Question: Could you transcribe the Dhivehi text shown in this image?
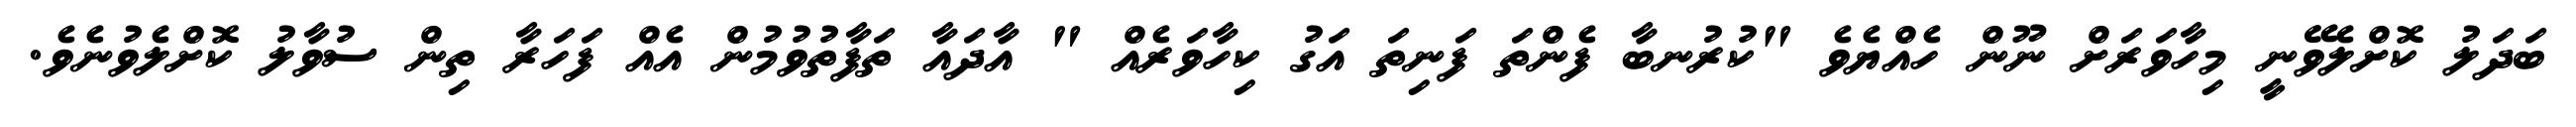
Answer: ބަދަލު ކޮށްލެވޭނީ މިހާވަރަށް ނޫން ހެއްޔެވެ "ކުރުނބާ ފެންތަ ފަނިތަ އަގު ކިހާވަރެއް " އާދައާ ތަފާތުވުމުން އެއް ފަހަރާ ތިން ސުވާލު ކޮށްލެވުނެވެ.